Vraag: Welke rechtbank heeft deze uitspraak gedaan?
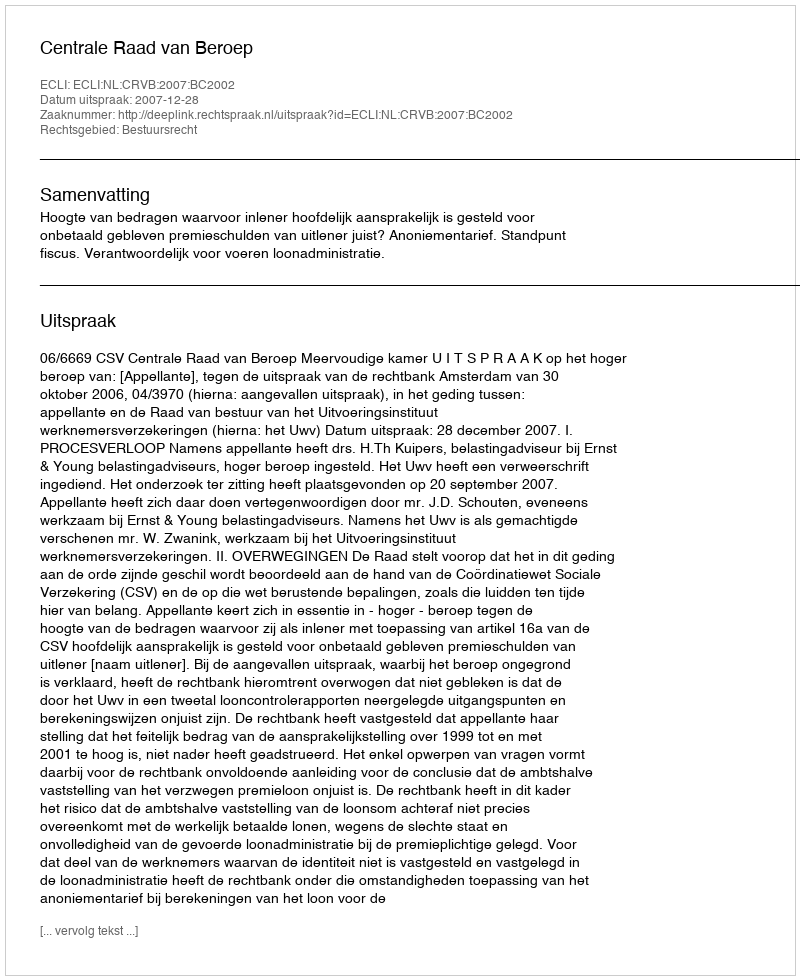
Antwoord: Centrale Raad van Beroep